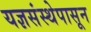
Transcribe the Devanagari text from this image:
यज्ञसंस्थेपासून